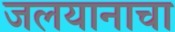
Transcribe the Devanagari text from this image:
जलयानाचा